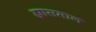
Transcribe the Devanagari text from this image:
ह्यासमान